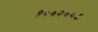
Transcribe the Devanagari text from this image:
१००२००८